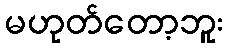
မဟုတ်တော့ဘူး